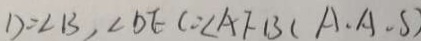
D = \angle B , \angle D E C = \angle A F B ( A . A . S )